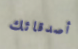
أصدقائك